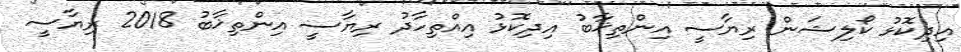
އިދިކޮޅު ކޯލިޝަން ރިޔާސީ އިންތިޚާބު އިދިކޮޅު އިއްތިހާދު ރިޔާސީ އިންތިޚާބު 2018 ރިޔާސީ